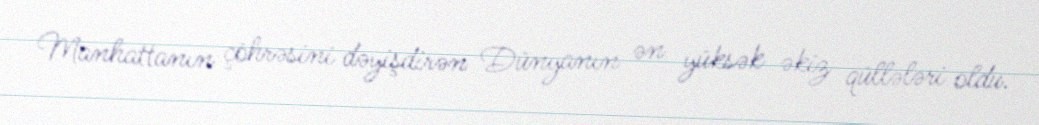
Manhattanın çöhrəsini dəyişdirən Dünyanın ən yüksək əkiz qüllələri oldu.